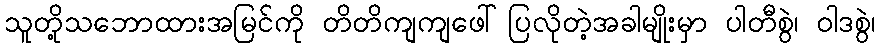
သူတို့သဘောထားအမြင်ကို တိတိကျကျဖေါ်ပြလိုတဲ့အခါမျိုးမှာ ပါတီစွဲ၊ ဝါဒစွဲ၊